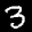
Label: 3